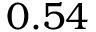
0 . 5 4